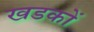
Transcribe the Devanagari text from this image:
खडकों